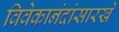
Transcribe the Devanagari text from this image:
विवेकानंदांसारखे